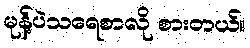
မုန့်ပဲသရေစာလို စားတယ်။